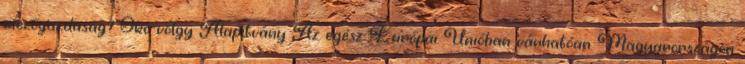
mezőgazdaság? Öko-völgy Alapítvány Az egész Európai Unióban várhatóan Magyarországon